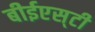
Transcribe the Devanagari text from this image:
बीईएस्‌टी